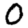
Digit: 0